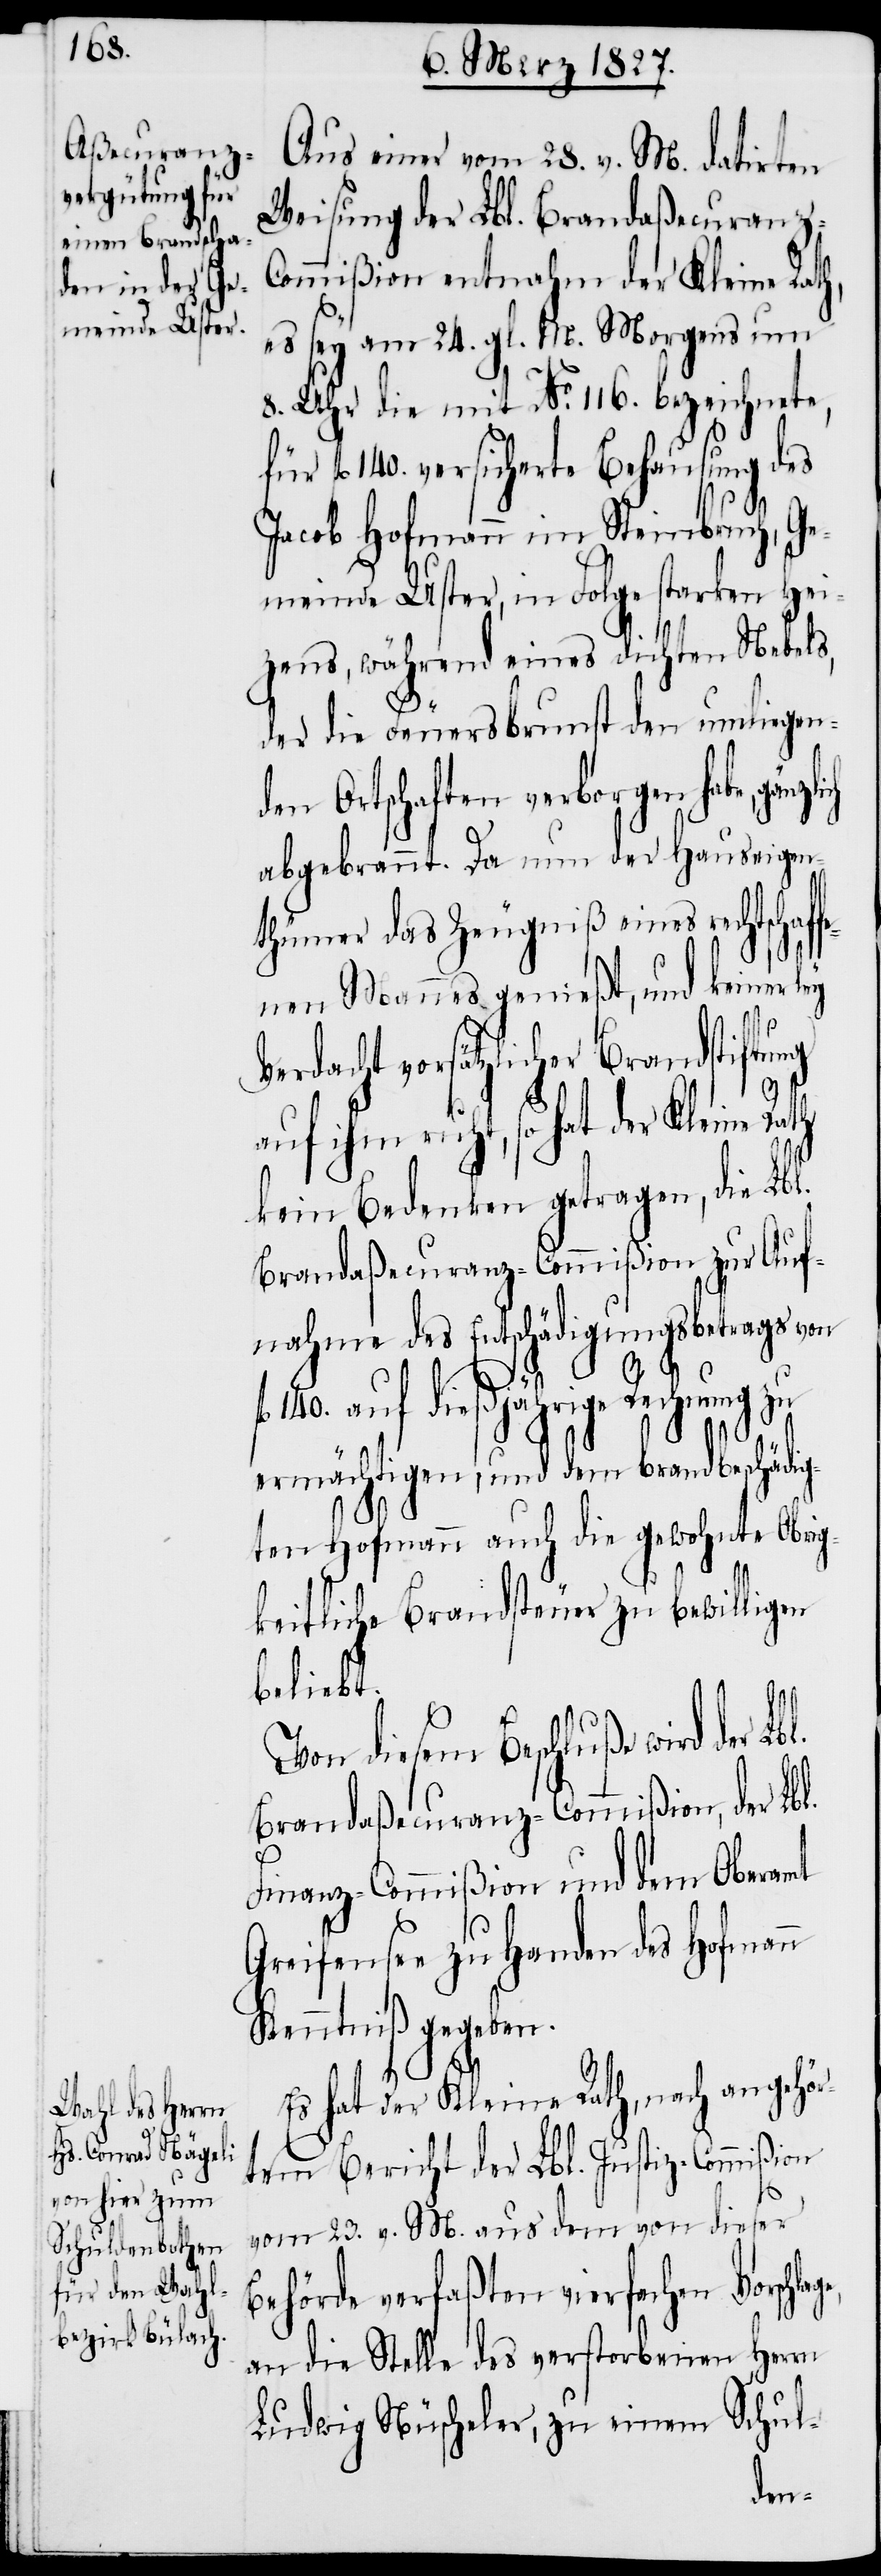
Aus einer vom 28. v. M. datirten
Weisung der Lbl. Brandaßecuranz-C¬
ommißion entnahm der Kleine Rath,
es sey am 24. gl. M. Morgens um
8. Uhr die mit No. 116. bezeichnete,
fl. 140. versicherte Behausung des
Jacob Hofmann im Steinbruch, Ge¬
meinde Uster, in Folge starken Hei¬
zens, während eines dichten Nebels,
der die Feuersbrunst den umliegen¬
den Ortschaften verborgen habe,
abgebrannt. Da nun der Hauseigen¬
thümer das Zeugniß eines rechtschaf¬
nen Mannes genießt, und keinerley
Verdacht vorsätzlicher Brandstiftu¬
ng
auf ihm ruht, so hat der Kleine
kein Bedenken getragen, die L¬
Brandaßecuranz-Commißion zur Auf¬
nahme des Entschädigungsbetrags von
140. auf dießjährige Rechnung zu
ermächtigen, und dem brandgeschädi¬
gten Hofmann auch die gewohnte Obrig¬
keitliche Brandsteuer zu bewilligen
beliebt.
Von diesem Beschluße wird der
Brandaßecuranz-Commißion, der Lbl.
Finanz-Commißion und dem Oberamt
Greifensee zu Handen des Hofman¬
Kenntniß gegeben.
ge,
Es hat der Kleine Rath, nach angehör¬
tem Bericht der Lbl. Justiz-Commißion
vom 23. v. M. aus dem von dieser
Behörde verfaßten vierfachen Vorschla¬
an die Stelle des verstorbenen Herrn
Ludwig Nüscheler, zu einem Schul-